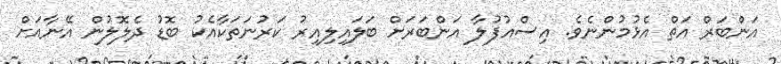
އަންބަރް އަތް އެޅުމުންނެވެ. އިސްއުފުލާ އަންބަރަށް ބަލައިލިއިރު ކަރުނަތަކާއެކު ބޮޑު ދެލޮލުން އޭނާއަށް